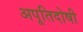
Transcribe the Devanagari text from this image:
अपूतिदोषी